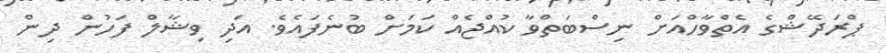
ޕްރަދޭޝްގެ އެތްވާހްއަށް ނިސްބަތްވާ ކުއްޖެއް ކަމަށް ބުނެފައެވެ. އަދި ވިޝާލް ފަހުން ދިން